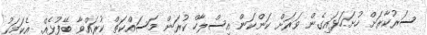
ސަރުކާރަށް ހުށަހަޅައިގެން ވަރަށް ކަންކަން އިސްލާހް ކުރަން މަސައްކަތް ކުރައްވާ ބޭފުޅެއް. އެކަމަކު